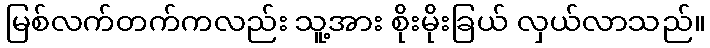
မြစ်လက်တက်ကလည်း သူ့အား စိုးမိုးခြယ် လှယ်လာသည်။